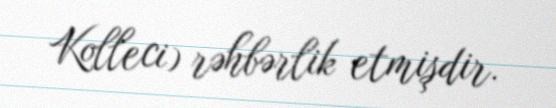
Kolleci) rəhbərlik etmişdir.